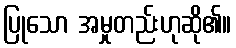
ပြုသော အမှုတည်းဟုဆို၏။